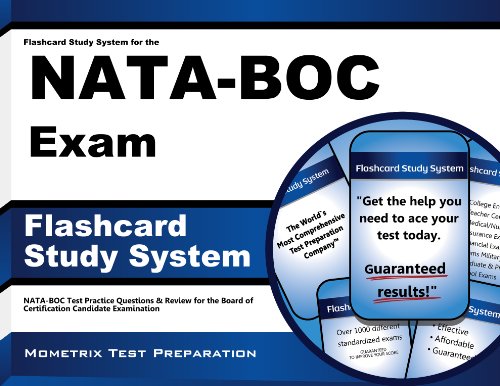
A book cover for Flashcard Study System for the NATA-BOC Exam: NATA-BOC Test Practice Questions & Review for the Board of Certification Candidate Examination (Cards); NATA-BOC Exam Secrets Test Prep Team; Test Preparation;